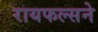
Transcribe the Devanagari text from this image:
रायफल्सने